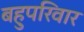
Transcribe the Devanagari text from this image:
बहुपरिवार